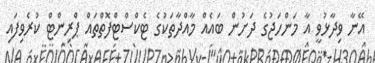
އޭނާ ވިދާޅުވީ އާ މަންހަޖުގެ ދަށުން ބައެއް މާއްދާތަކުގެ ޓެކްސްޓްފޮތްތައް ޕްރިންޓް ކުރެވިފައި